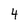
Character: 4